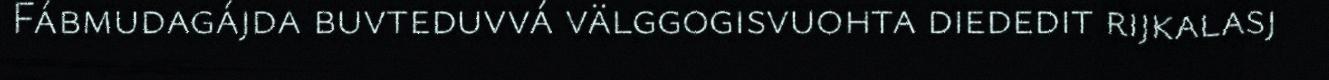
Fábmudagájda buvteduvvá välggogisvuohta diededit rijkalasj